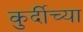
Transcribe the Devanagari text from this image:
कुर्दीच्या